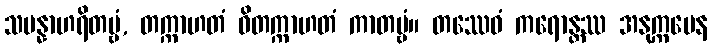
သမန္နာဟရိတဗ္ဗံ, တက္ကာဟတံ ဝိတက္ကာဟတံ ကာတဗ္ဗံ။ တဿေဝံ ကရောန္တဿ အနုက္ကမေန